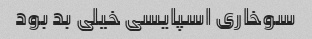
سوخاری اسپایسی خیلی بد بود